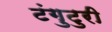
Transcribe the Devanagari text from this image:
टंगुटुरी